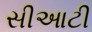
સીઆટી